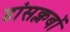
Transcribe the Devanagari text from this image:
डांसक्लबों